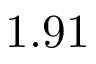
1 . 9 1